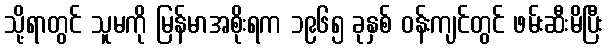
သို့ရာတွင် သူမကို မြန်မာအစိုးရက ၁၉၆၅ ခုနှစ် ဝန်းကျင်တွင် ဖမ်းဆီးမိပြီး